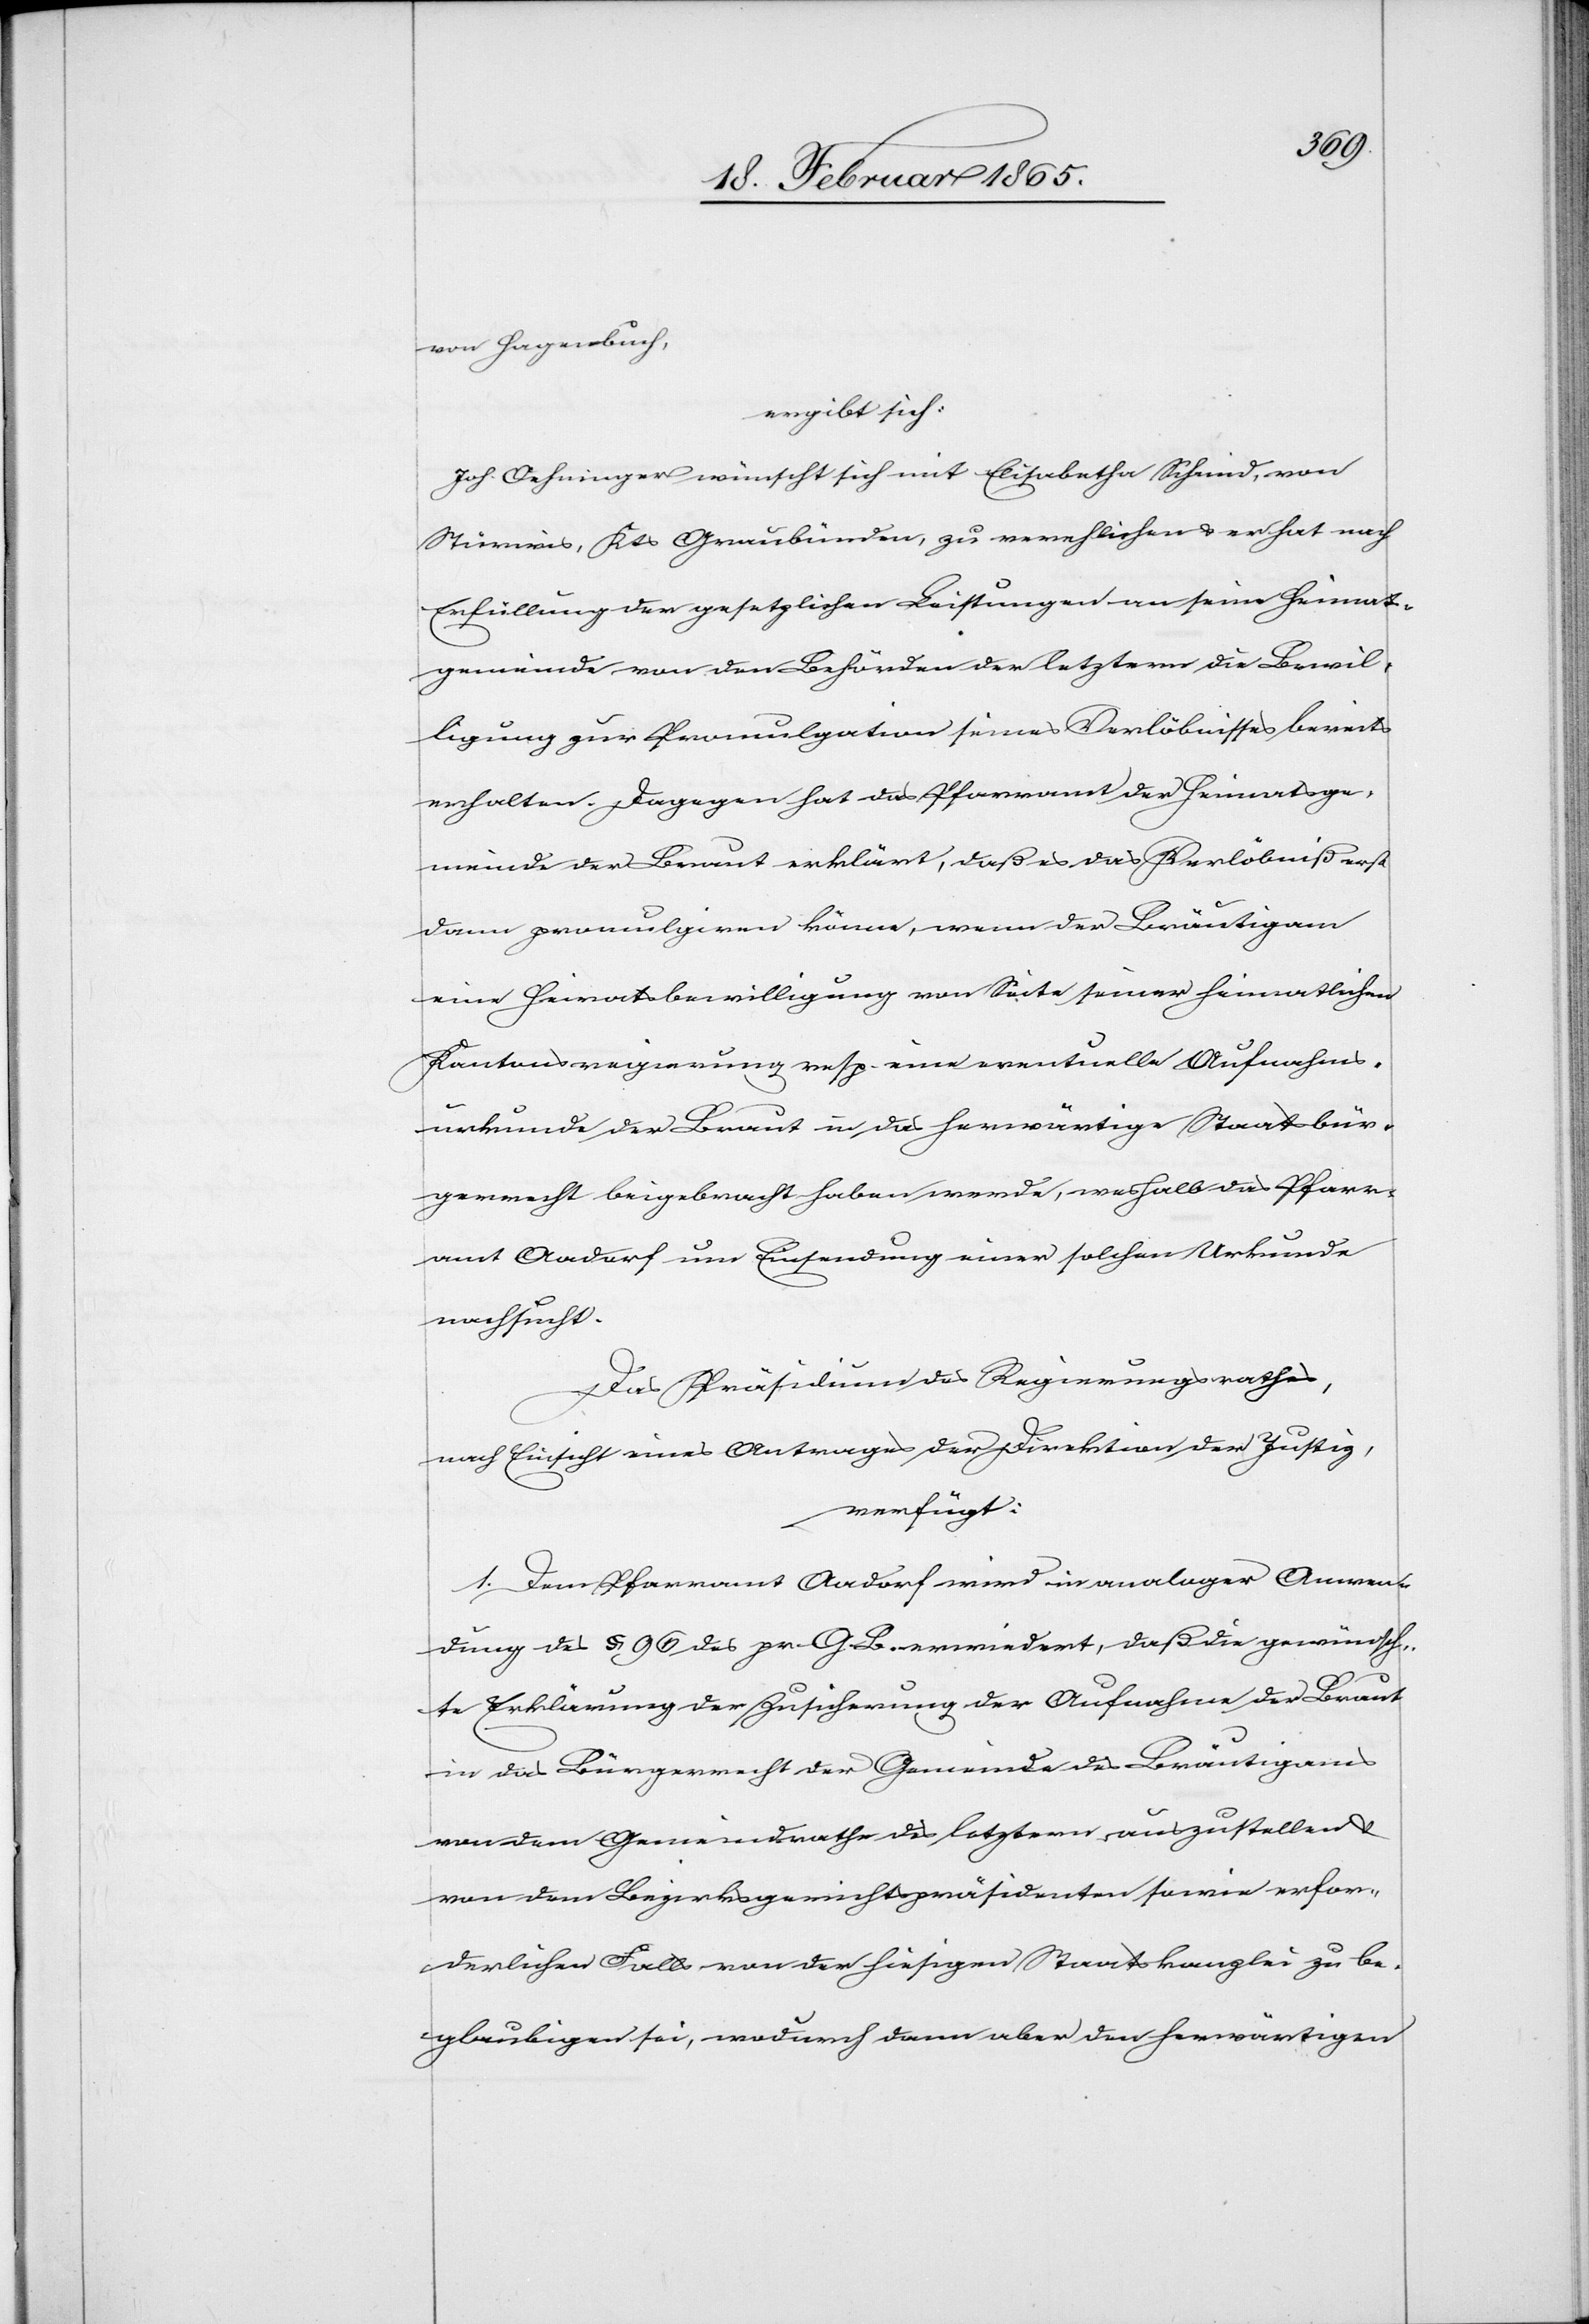
von Hagenbuch,
ergibt sich:
Joh. Oehninger wünscht sich mit Elisabetha Schmid, von
Stürnwies, Kts Graubünden, zu verehlichen u. er hat nach
Erfüllung der gesetzlichen Leistungen an seine Heimats¬
gemeinde von den Behörden der letztern die Bewil¬
ligung zur Promulgation seines Verlöbnisses bereits
erhalten. Dagegen hat das Pfarramt der Heimatsge¬
meinde der Braut erklärt, daß es das Verlöbniß erst
dann promulgiren könne, wenn der Bräutigam
eine Heiratsbewilligung von Seite seiner heimatlichen
Kantonsregierung resp. eine eventuelle Aufnahms¬
urkunde der Braut in das herwärtige Staatsbür¬
gerrecht beigebracht haben werde, weshalb das Pfarr¬
amt Aadorf um Einsendung einer solchen Urkunde
nachsucht.
Das Präsidium des Regierungsrathes,
nach Einsicht eines Antrages der Direktion der Justiz,
verfügt:
1. Dem Pfarramt Aadorf wird in analoger Anwen¬
dung des § 96 des pr. G. B. erwiedert, daß die gewünsch¬
te Erklärung der Zusicherung der Aufnahme der Braut
in das Bürgerrecht der Gemeinde des Bräutigams
von dem Gemeindrathe des letztern auszustellen u.
von dem Bezirksgerichtspräsidenten sowie erfor¬
derlichen Falls von der hiesigen Staatskanzlei zu be¬
glaubigen sei, wodurch dann aber den herwärtigen